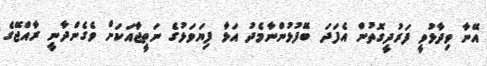
އޭނާ ވިދާޅުވީ ފަރުދީގޮތުން އެފަދަ ބޭފުޅުންނާމެދު އަޅާ ފިޔަވަޅުގެ ނަތީޖާއަކަށް ވެގެންދާނީ ރާއްޖޭގެ